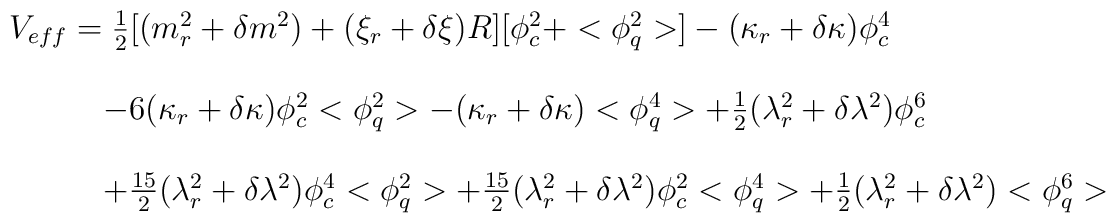
\begin{array}{l}V_{eff}=\frac 12[(m_r^2+\delta m^2)+(\xi _r+\delta \xi )R][\phi _c^2+<\phi_q^2>]-(\kappa _r+\delta \kappa )\phi _c^4 \\  \\ \hspace{1.2cm}-6(\kappa _r+\delta \kappa )\phi _c^2<\phi _q^2>-(\kappa_r+\delta \kappa )<\phi _q^4>+\frac 12(\lambda _r^2+\delta \lambda ^2)\phi_c^6 \\  \\ \hspace{1.2cm}+\frac{15}2(\lambda _r^2+\delta \lambda ^2)\phi _c^4<\phi_q^2>+\frac{15}2(\lambda _r^2+\delta \lambda ^2)\phi _c^2<\phi _q^4>+\frac12(\lambda _r^2+\delta \lambda ^2)<\phi _q^6> \end{array}